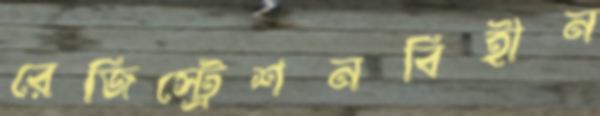
রেজিস্ট্রেশনবিহীন